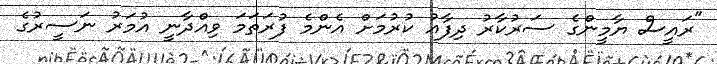
"ރައީސް ޔާމީންގެ ސަރުކާރު ދިފާއު ކުރުމަށް އެންމެ ފުރަތަމަ ވިއްދާނީ އުމަރު ނަސީރުގެ